Annual administration and progress report of the Indian Medical Department, Bombay
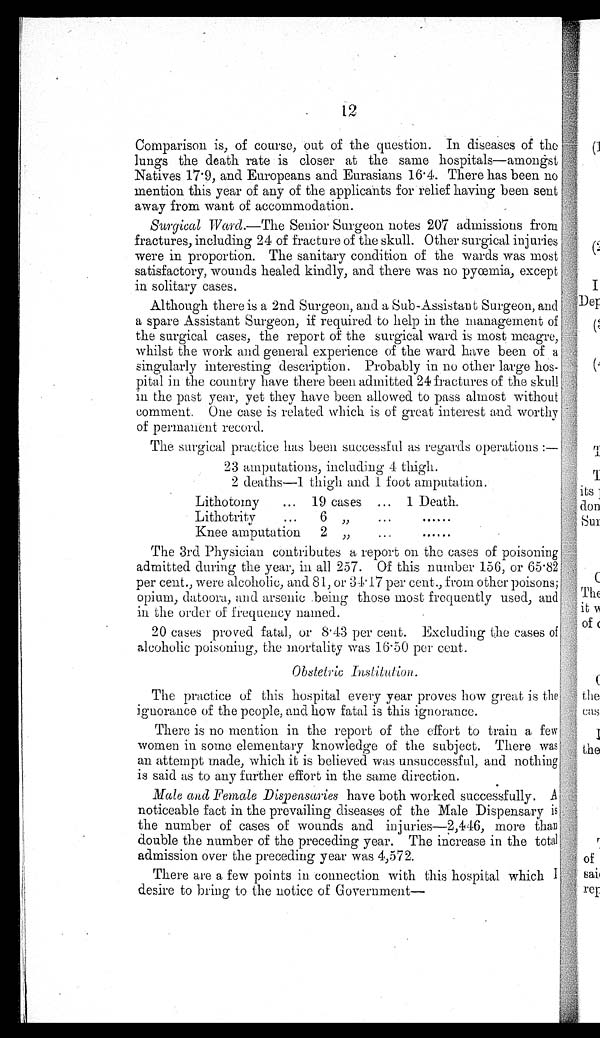
12
Comparison is, of course, out of the question. In diseases of the
lungs the death rate is closer at the same hospitals—amongst
Natives 17.9, and Europeans and Eurasians 16.4. There has been no
mention this year of any of the applicants for relief having been sent
away from want of accommodation.
Surgical Ward.—The Senior Surgeon notes 207 admissions from
fractures, including 24 of fracture of the skull. Other surgical injuries
were in proportion. The sanitary condition of the wards was most
satisfactory, wounds healed kindly, and there was no pyœmia, except
in solitary cases.
Although there is a 2nd Surgeon, and a Sub-Assistant Surgeon, and
a spare Assistant Surgeon, if required to help in the management of
the surgical cases, the report of the surgical ward is most meagre,
whilst the work and general experience of the ward have been of a
singularly interesting description. Probably in no other large hos-
pital in the country have there been admitted 24 fractures of the skull
in the past year, yet they have been allowed to pass almost without
comment. One case is related which is of great interest and worthy
of permanent record.
The surgical practice has been successful as regards operations:
—
23 amputations, including 4 thigh.
2 deaths—1. thigh and 1 foot amputation.
Lithotomy
... 19 cases ... 1 Death.
Lithotrity
...
6 „
...
......
Knee amputation 2 „
...
......
The 3rd Physician contributes a report on the cases of poisoning
admitted during the year, in all 257. Of this number 156, or 65.82
per cent., were alcoholic, and 81, or 34.17 per cent., from other poisons;
opium, datoora, and arsenic being those most frequently used, and
in the order of frequency named.
20 cases proved fatal, or 8.43 per cent. Excluding the cases of
alcoholic poisoning, the mortality was 16.50 per cent.
Obstetric Institution.
The practice of this hospital every year proves how great is the
ignorance of the people, and how fatal is this ignorance.
There is no mention in the report of the effort to train a few
women in some elementary knowledge of the subject. There was
an attempt made, which it is believed was unsuccessful, and nothing
is said as to any further effort in the same direction.
Male and Female Dispensaries have both worked successfully. A
noticeable fact in the prevailing diseases of the Male Dispensary is
the number of cases of wounds and injuries—2,446, more than
double the number of the preceding year. The increase in the total
admission over the preceding year was 4,572.
There are a few points in connection with this hospital which I
desire to bring to the notice of Government—